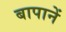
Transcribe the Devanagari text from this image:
बापानें